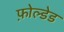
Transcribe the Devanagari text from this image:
फ़ोल्डेड